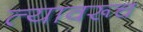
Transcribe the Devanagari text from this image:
त्यावरूच